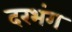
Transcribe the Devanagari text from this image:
दरभंग